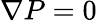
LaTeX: \nabla P=0